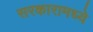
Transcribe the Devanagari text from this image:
सरकारामध्ये